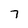
Character: 7